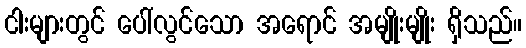
ငါးများတွင် ပေါ်လွင်သော အရောင် အမျိုးမျိုး ရှိသည်။